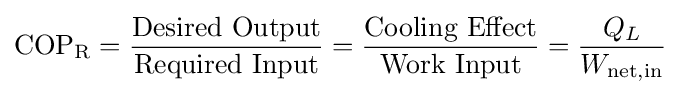
{\rm {COP_{R}}}={\frac {\text{Desired Output}}{\text{Required Input}}}={\frac {\text{Cooling Effect}}{\text{Work Input}}}={\frac {Q_{L}}{W_{\text{net,in}}}}